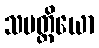
သပတ္တိယော